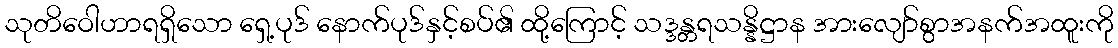
သုတိဝေါဟာရရှိသော ရှေ့ပုဒ် နောက်ပုဒ်နှင့်စပ်၏ ထို့ကြောင့် သဒ္ဒန္တရသန္နိဋ္ဌာန အားလျော်စွာအနက်အထူးကို